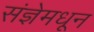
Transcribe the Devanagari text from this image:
संज्ञेमधून